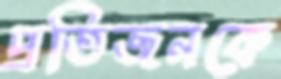
প্রতিজনকে